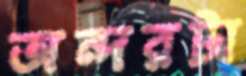
অন্দরটা